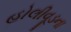
હોલીવૂડના